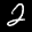
Label: 2